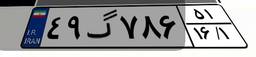
۷۲گ۵۵۶۸۸